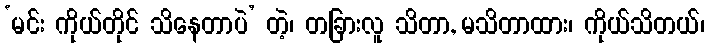
‘မင်း ကိုယ်တိုင် သိနေတာပဲ’ တဲ့၊ တခြားလူ သိတာ, မသိတာထား၊ ကိုယ်သိတယ်၊